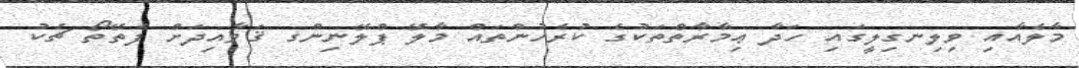
މާލެއާއި ވިލިނގިލީގައި ހަދާ ޢިމާރާތްތަކުގެ ކުރެހުންތައް މާލޭ ޕްލޭނިންގ ޤަވާއިދަށް ފެތޭތޯ ޗެކު